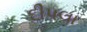
દીપલા